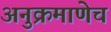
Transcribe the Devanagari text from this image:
अनुक्रमाणेच